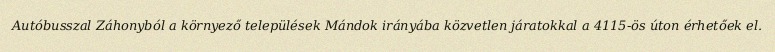
Autóbusszal Záhonyból a környező települések Mándok irányába közvetlen járatokkal a 4115-ös úton érhetőek el.